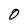
Character: 0